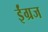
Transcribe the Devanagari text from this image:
ईंग्रज